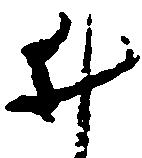
井